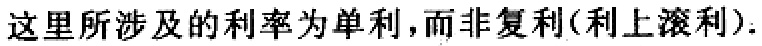
这里所涉及的利率为单利，而非复利(利上滚利).